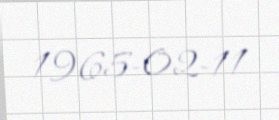
1965-02-11